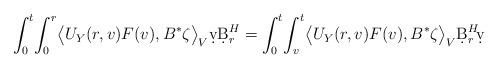
LaTeX: \begin{align*}\int_0^t \!\int_0^r \!\big\langle U_Y(r,v)F(v),B^*\zeta\big\rangle _V\d v\d B^H_r=\int_0^t \!\int_v^t \!\big\langle U_Y(r,v)F(v),B^*\zeta\big\rangle _V\d B^H_r\!\d v\end{align*}